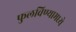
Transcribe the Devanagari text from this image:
फुलविण्यामध्ये